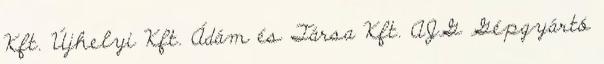
Kft. Újhelyi Kft. Ádám és Társa Kft. AJG Gépgyártó